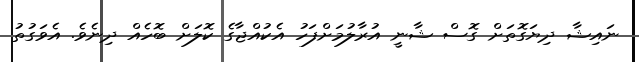
ނައިޝާ ދިޔަގޮތަށް ގޮސް ޝާނީ އުރާލުމަށްފަހު އެކުއްޖާގެ ކޮލަށް ބޮހެއް ދިނެވެ. އެވަގުތު